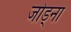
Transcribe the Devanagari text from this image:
जोड्ना